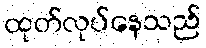
ထုတ်လုပ်နေသည်